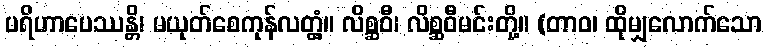
ပရိဟာပေဿန္တိ၊ မယုတ်စေကုန်လတ္တံ့။ လိစ္ဆဝီ၊ လိစ္ဆဝီမင်းတို့။ (တာဝ၊ ထိုမျှလောက်သော